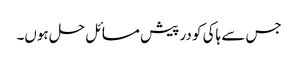
جس سے ہاکی کو در پیش مسائل حل ہوں۔